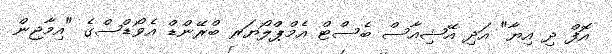
އޮފް ދި އިޔާ" އަދި އޭޝިއާސް ބެސްޓް އެމްޕްލޯޔަރ ބްރޭންޑް އެވޯޑްސްގެ "އިމާޖިން